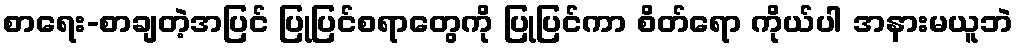
စာရေး-စာချတဲ့အပြင် ပြုပြင်စရာတွေကို ပြုပြင်ကာ စိတ်ရော ကိုယ်ပါ အနားမယူဘဲ